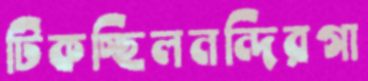
টিকচ্ছিলনন্দিরগা